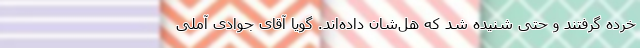
خرده گرفتند و حتی شنیده شد که هُل‌شان داده‌اند. گویا آقای جوادی آملی